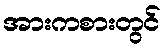
အားကစားတွင်